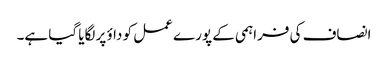
انصاف کی فراہمی کے پورے عمل کو داؤ پر لگایا گیا ہے۔